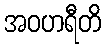
အဝဟရီတိ